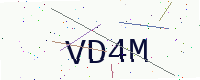
Text: VD4M